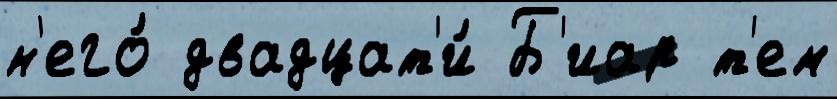
н'его́ двадцат'и́ Б'иар т'ем